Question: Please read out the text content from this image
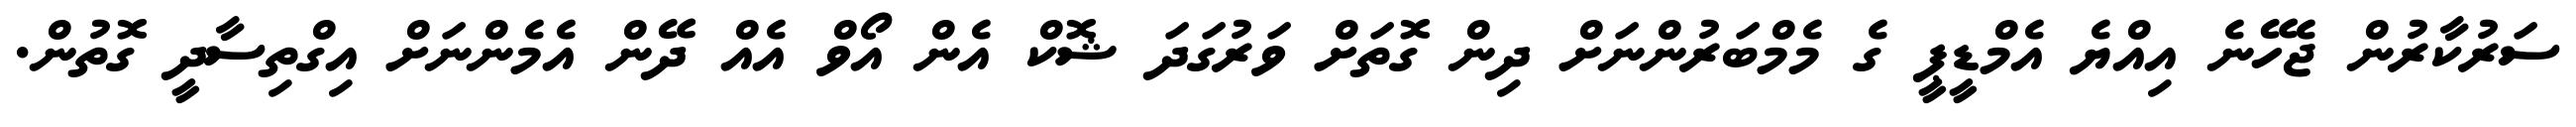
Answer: ސަރުކާރުން ޖެހޭނެ އިއްޔެ އެމްޑީޕީ ގެ މެމްބަރުންނަށް ދިން ގޮތަށް ވަރުގަދަ ޝޮކް އެން އޯވް އެއް ދޭން އެމެންނަށް އިގްތިސާދީ ގޮތުން.